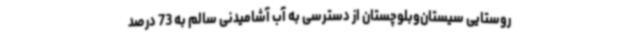
روستایی سیستان‌وبلوچستان از دسترسی به آب آشامیدنی سالم به 73 درصد